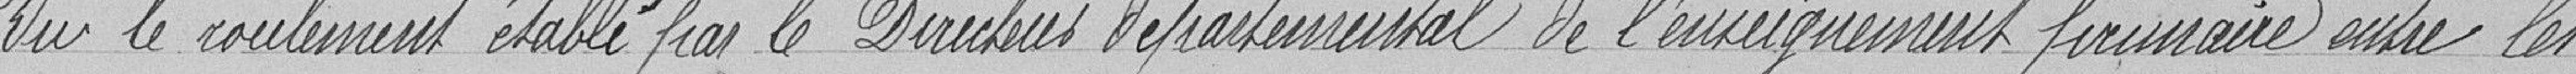
Vu le roulement établi par le Directeur Départemental de l'enseignement primaire entre les